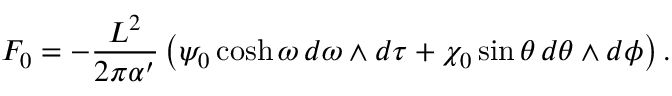
F _ { 0 } = - \frac { L ^ { 2 } } { 2 \pi \alpha ^ { \prime } } \left( \psi _ { 0 } \cosh \omega \, d \omega \wedge d \tau + \chi _ { 0 } \sin \theta \, d \theta \wedge d \phi \right) .